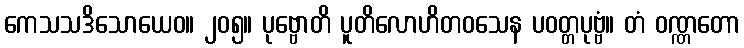
ကေသသဒိသောယေဝ။ ၂၀၅။ ပုဗ္ဗောတိ ပူတိလောဟိတဝသေန ပဝတ္တပုဗ္ဗံ။ တံ ဝဏ္ဏတော